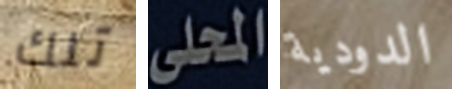
تلك المحلى الدودية